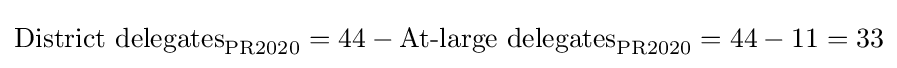
{\text{District delegates}}_{\text{PR2020}}=44-{\text{At-large delegates}}_{\text{PR2020}}=44-11=33